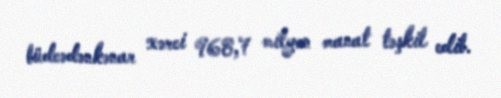
büdcədənkənar xərci 968,7 milyon manat təşkil edib.